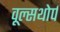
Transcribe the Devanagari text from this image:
वूल्सथोर्प